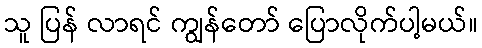
သူ ပြန် လာရင် ကျွန်တော် ပြောလိုက်ပါ့မယ်။